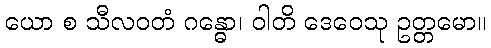
ယော စ သီလဝတံ ဂန္ဓော၊ ဝါတိ ဒေဝေသု ဥတ္တမော။